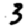
Digit: 3